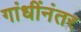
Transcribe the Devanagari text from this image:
गांधींनंतर